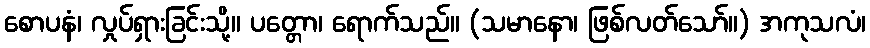
စောပနံ၊ လှုပ်ရှားခြင်းသို့။ ပတ္တော၊ ရောက်သည်။ (သမာနော၊ ဖြစ်လတ်သော်။) အကုသလံ၊